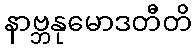
နာဗ္ဘနုမောဒတီတိ